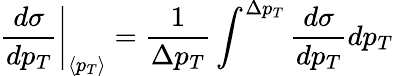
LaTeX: \left.\frac{d\sigma}{dp_{T}}\right|_{\langle p_{T}\rangle}=\frac{1}{\Delta p_{T}}\int^{\Delta p_{T}}{\frac{d\sigma}{dp_{T}}}dp_{T}